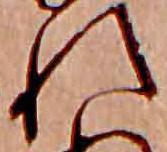
れ